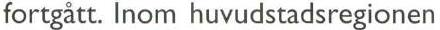
fortgått. Inom huvudstadsregionen